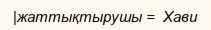
|жаттықтырушы =  Хави